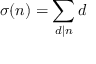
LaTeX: \sigma ( n ) = \sum _ { d \mid n } d